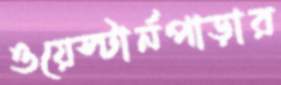
ওয়েস্টার্নপাড়ার